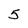
Character: 5